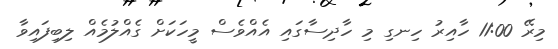
މިރޭ 11:00 ހާއިރު ހިނގި މި ހާދިސާގައި އެއްވެސް މީހަކަށް ގެއްލުމެއް ލިބިފައިވާ